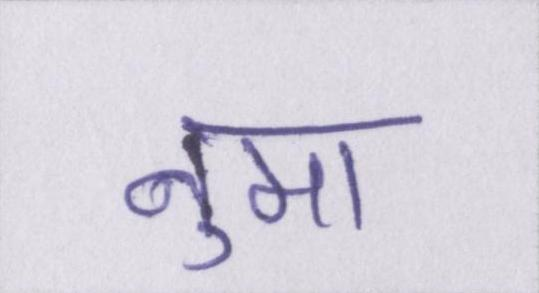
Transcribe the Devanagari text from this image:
नुमा